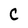
Character: C